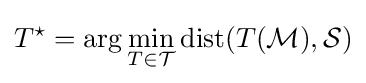
T^{\star }=\arg \min _{T\in {\mathcal {T}}}{\text{dist}}(T({\mathcal {M}}),{\mathcal {S}})